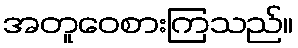
အတူဝေစားကြသည်။